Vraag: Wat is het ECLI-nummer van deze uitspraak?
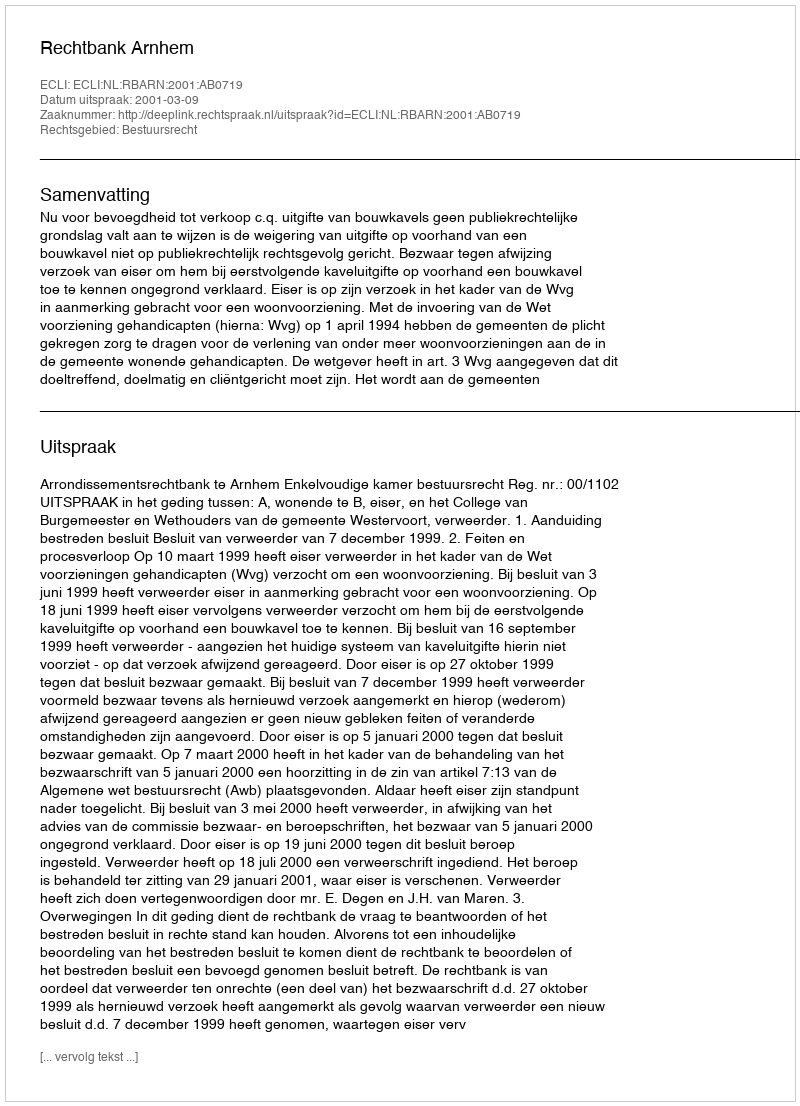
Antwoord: ECLI:NL:RBARN:2001:AB0719